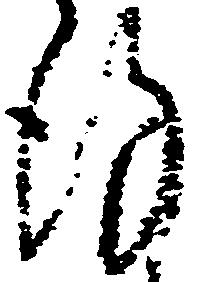
謹